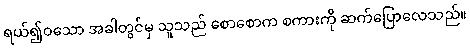
ရယ်၍ဝသော အခါတွင်မှ သူသည် စောစောက စကားကို ဆက်ပြောလေသည်။